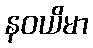
နဝယိမာ